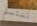
نستسلم